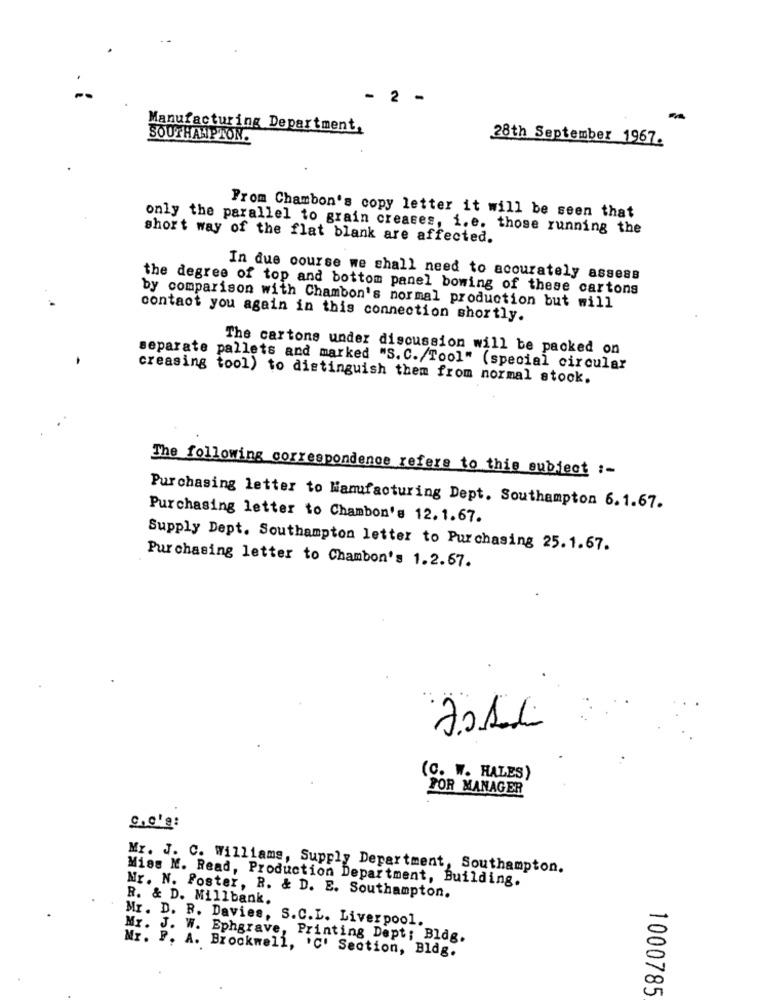
- 2 -
Manufacturing Department,
SOUTHAMPTON.
28th September 1967.
From Chambon's copy letter it will be seen that
only the parallel to grain creases, i.e. those running the
short way of the flat blank are affected.
In due course we shall need to accurately assess
the degree of top and bottom panel bowing of these cartons
by comparison with Chambon's normal production but will
contact you again in this connection shortly.
The cartons under discussion will be packed on
separate pallets and marked "S. C./Tool" (special circular
creasing tool) to distinguish them from normal stock.
The following correspondence refers to this subject :-
Purchasing letter to Manufacturing Dept. Southampton 6.1.67.
Purchasing letter to Chambon's 12.1.67.
Supply Dept. Southampton letter to Purchasing 25.1.67.
Purchasing letter to Chambon's 1.2.67.
2010
(C. W. HALES)
POR MANAGER
0,0's:
Mr. J. C. Williams, Supply Department, Southampton.
Miss N. Read, Production Department, Building.
R. & D. Millbank.
Mr. N. Foster, R. & D. E. Southampton.
Mr. D. R. Davies, S.C.L. Liverpool.
Mr. J. W. Ephgrave, Printing Dept; Bldg.
Mr. P. A. Brockwell, 'C' Section, Bldg.
1000785